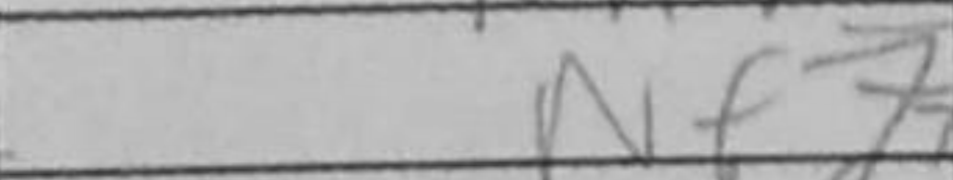
Transcription: Nf7